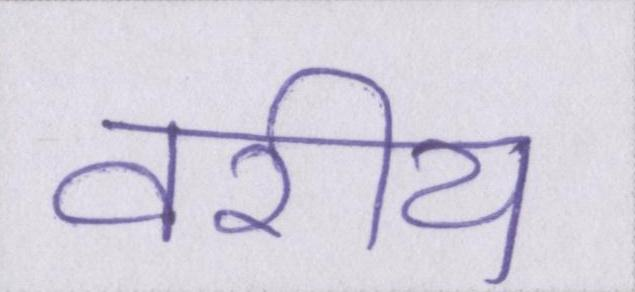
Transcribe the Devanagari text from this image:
वरीय